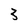
Character: 3